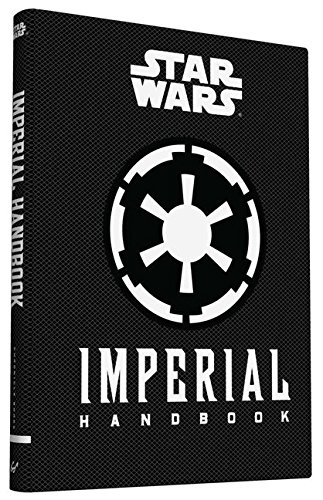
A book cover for Imperial Handbook: A Commander's Guide (Star Wars (Chronicle)); Daniel Wallace; Science Fiction & Fantasy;